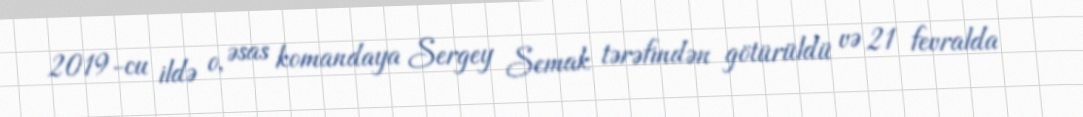
2019-cu ildə o, əsas komandaya Sergey Semak tərəfindən götürüldü və 21 fevralda